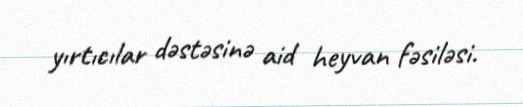
yırtıcılar dəstəsinə aid heyvan fəsiləsi.